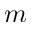
m